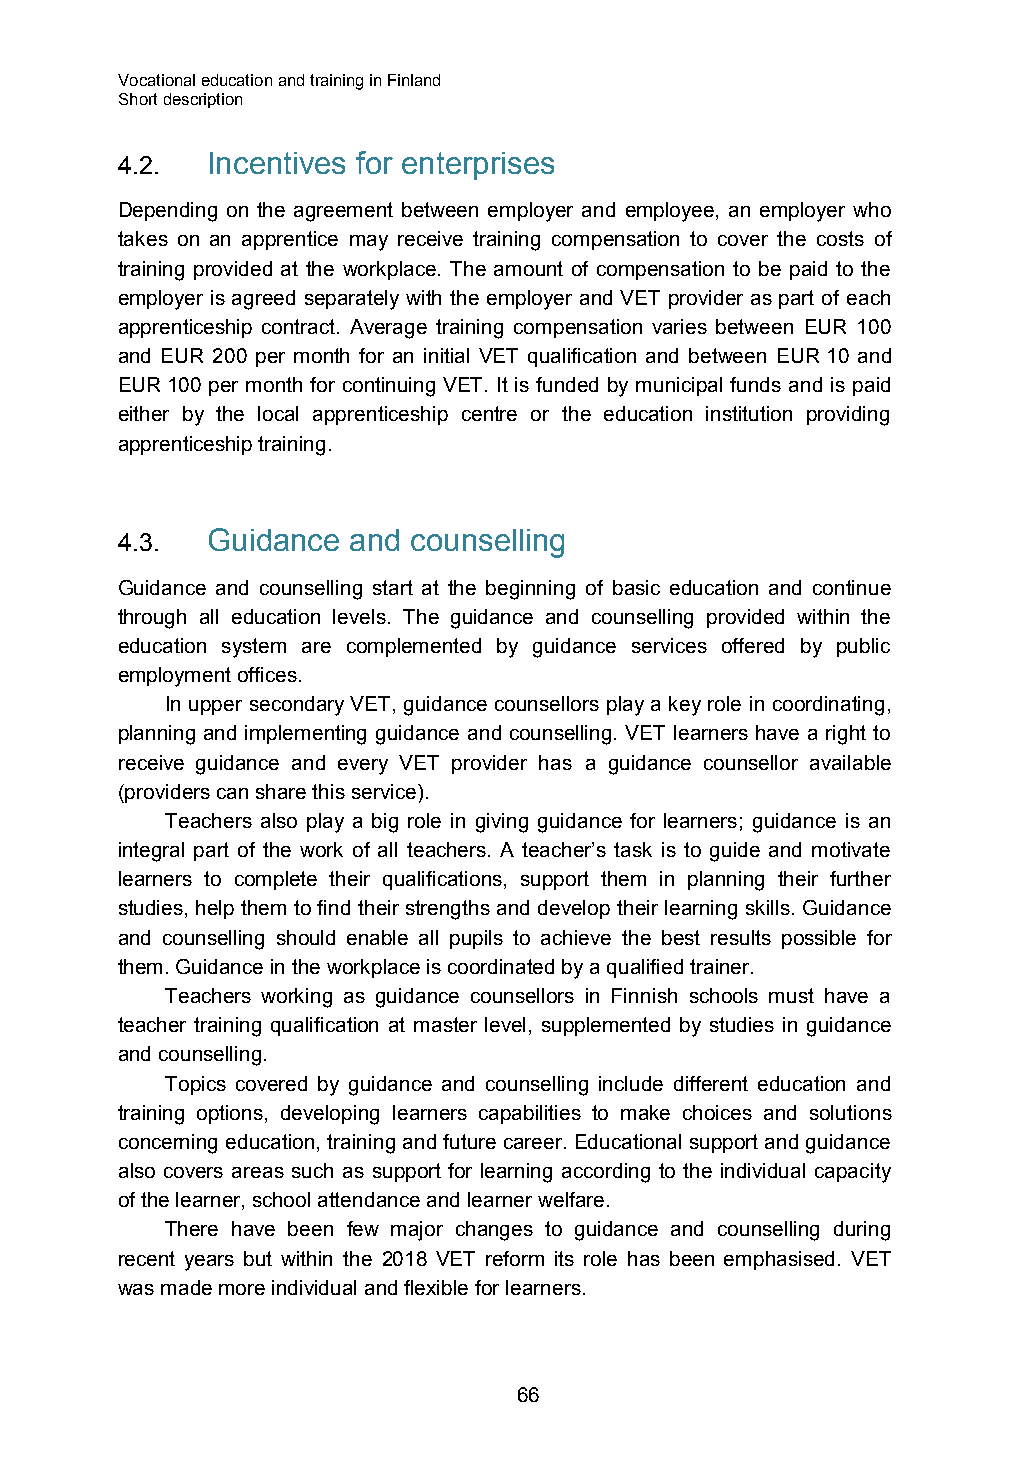
Vocational education and training in Finland
 Short description
 4.2.  Incentives for enterprises
 Depending on the agreement between employer and employee, an employer who
 takes on an apprentice may receive training compensation to cover the costs of
 training provided at the workplace. The amount of compensation to be paid to the
 employer is agreed separately with the employer and VET provider as part of each
 apprenticeship contract. Average training compensation varies between EUR 100
 and EUR 200 per month for an initial VET qualification and between EUR 10 and
 EUR 100 per month for continuing VET. It is funded by municipal funds and is paid
 either by the local apprenticeship centre or the education institution providing
 apprenticeship training.
 4.3.  Guidance and counselling
 Guidance and counselling start at the beginning of basic education and continue
 through all education levels. The guidance and counselling provided within the
 education system are complemented by guidance services offered by public
 employment offices.
 In upper secondary VET, guidance counsellors play a key role in coordinating,
 planning and implementing guidance and counselling. VET learners have a right to
 receive guidance and every VET provider has a guidance counsellor available
 (providers can share this service).
 Teachers also play a big role in giving guidance for learners; guidance is an
 integral part of the work of all teachers. A teacher’s task is to guide and motivate
 learners to complete their qualifications, support them in planning their further
 studies, help them to find their strengths and develop their learning skills. Guidance
 and counselling should enable all pupils to achieve the best results possible for
 them. Guidance in the workplace is coordinated by a qualified trainer.
 Teachers working as guidance counsellors in Finnish schools must have a
 teacher training qualification at master level, supplemented by studies in guidance
 and counselling.
 Topics covered by guidance and counselling include different education and
 training options, developing learners capabilities to make choices and solutions
 concerning education, training and future career. Educational support and guidance
 also covers areas such as support for learning according to the individual capacity
 of the learner, school attendance and learner welfare.
 There have been few major changes to guidance and counselling during
 recent years but within the 2018 VET reform its role has been emphasised. VET
 was made more individual and flexible for learners.
 66